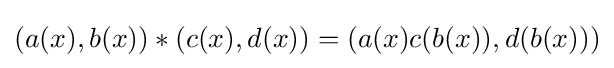
(a(x),b(x))*(c(x),d(x))=(a(x)c(b(x)),d(b(x)))